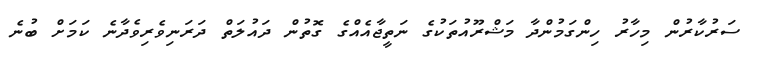
ސަރުކާރުން މިހާރު ހިންގަމުންދާ މަޝްރޫއުތަކުގެ ނަތީޖާއެއްގެ ގޮތުން ދައުލަތް ދަރަނިވެރިވެދާނެ ކަމަށް ބުނެ